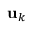
\mathbf { u } _ { k }